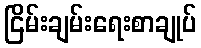
ငြိမ်းချမ်းရေးစာချုပ်